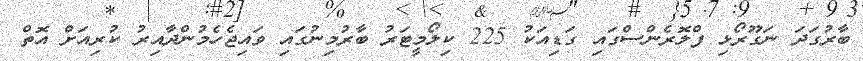
ބާރުގަދަ ނަގޫރޯޅި ފްލޮރެންސްގައި ގަޑިއަކު 225 ކިލޯމީޓަރު ބާރުމިނުގައި ވައިޖެހެމުންދާއިރު ކުރިއަށް އޮތް